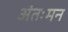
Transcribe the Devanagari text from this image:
अंतःमन